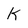
Character: K